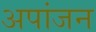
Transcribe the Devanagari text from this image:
अपांजन